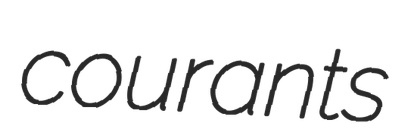
courants